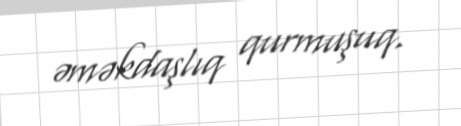
əməkdaşlıq qurmuşuq.